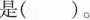
是()。